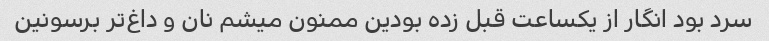
سرد بود انگار از یکساعت قبل زده بودین ممنون میشم نان و داغ‌تر برسونین